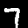
Label: 7